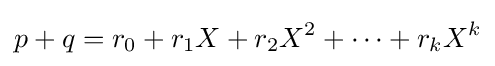
p+q=r_{0}+r_{1}X+r_{2}X^{2}+\cdots +r_{k}X^{k}